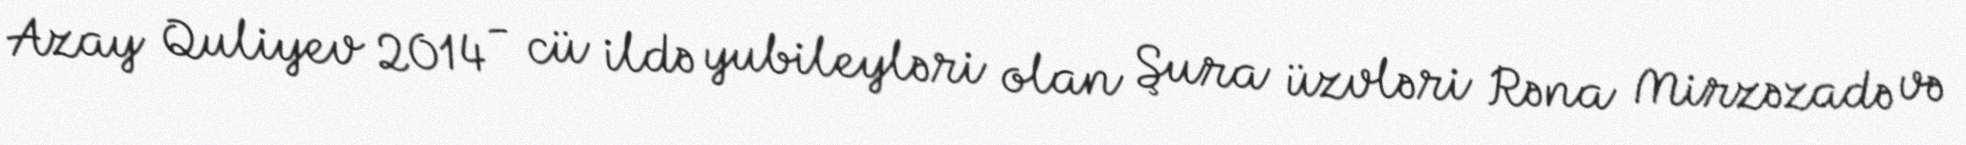
Azay Quliyev 2014 - cü ildə yubileyləri olan Şura üzvləri Rəna Mirzəzadə və